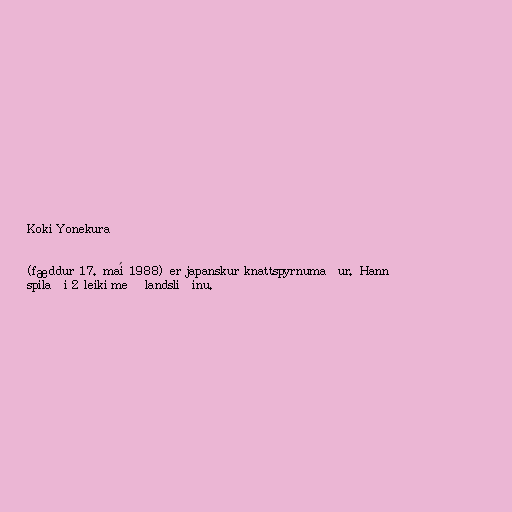
Koki Yonekura

(fæddur 17. maí 1988) er japanskur knattspyrnumaður. Hann
spilaði 2 leiki með landsliðinu.